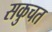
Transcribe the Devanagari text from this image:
सकुचत